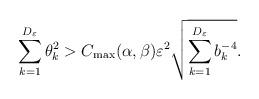
LaTeX: \begin{align*} \sum_{k=1}^{D_\varepsilon} \theta_k^2>C_{\max}(\alpha,\beta) \varepsilon^2 \sqrt{\sum_{k=1}^{D_\varepsilon} b_k^{-4}}. \end{align*}